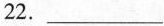
22.___